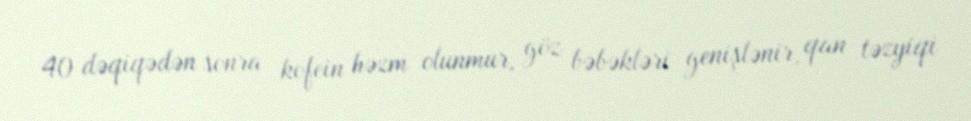
40 dəqiqədən sonra kofein həzm olunmur, göz bəbəkləri genişlənir, qan təzyiqi